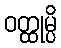
ဝတ္ထုမ္ပိ